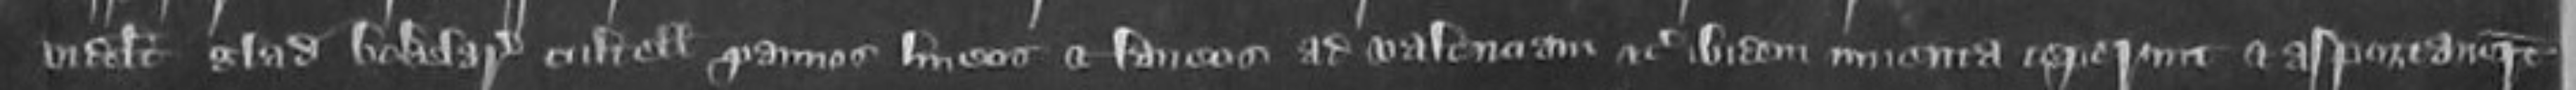
videlicet gladium bokalarium cultellum pannos lineos et laneos ad valenciam etc ibidem inventa ceperunt et asportaverunt